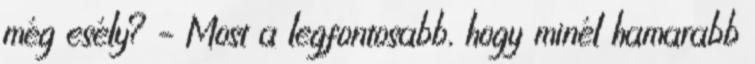
még esély? – Most a legfontosabb, hogy minél hamarabb